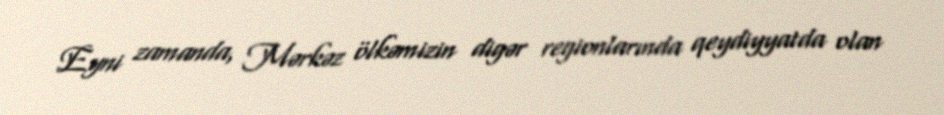
Eyni zamanda, Mərkəz ölkəmizin digər regionlarında qeydiyyatda olan